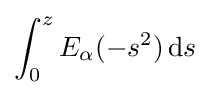
\int _{0}^{z}E_{\alpha }(-s^{2})\,{\mathrm {d} }s